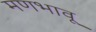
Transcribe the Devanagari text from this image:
मणभावू